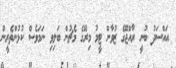
އައްސަދު ބުނީ ރާއްޖޭގެ ޒުވާން ޓީމު މިރޭގެ މެޗުން ބަލިވި ނަމަވެސް ކުޅުންތެރީން